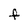
Character: F